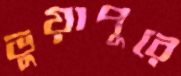
ভুয়াপুরে